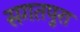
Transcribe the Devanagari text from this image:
सगतपुरा